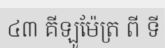
៤៣ គីឡូម៉ែត្រ ពី ទី